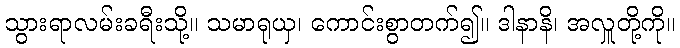
သွားရာလမ်းခရီးသို့။ သမာရုယှ၊ ကောင်းစွာတက်၍။ ဒါနာနိ၊ အလှူတို့ကို။